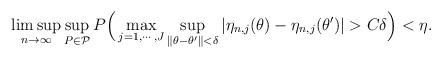
LaTeX: \begin{align*}\limsup_{n\to\infty}\sup_{P\in\mathcal P}P\Big(\max_{j=1,\cdots,J}\sup_{\|\theta-\theta'\|<\delta}|\eta_{n,j}(\theta)-\eta_{n,j}(\theta')|>C\delta\Big)<\eta.\end{align*}